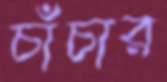
চাঁচার